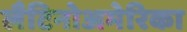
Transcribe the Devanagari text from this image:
लैटिनोअमेरिका